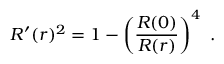
R ^ { \prime } ( r ) ^ { 2 } = 1 - \left( { \frac { R ( 0 ) } { R ( r ) } } \right) ^ { 4 } \ .